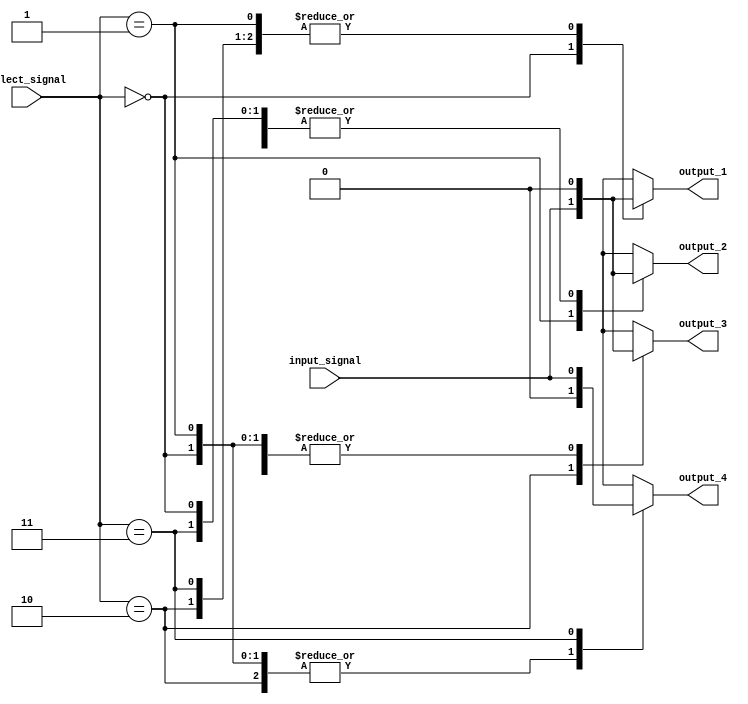
module demux_1to4 (
    input wire input_signal,
    input wire [1:0] select_signal,
    output reg output_1,
    output reg output_2,
    output reg output_3,
    output reg output_4
);

always @(*)
begin
    case(select_signal)
        2'b00: begin
            output_1 = input_signal;
            output_2 = 1'b0;
            output_3 = 1'b0;
            output_4 = 1'b0;
        end
        2'b01: begin
            output_1 = 1'b0;
            output_2 = input_signal;
            output_3 = 1'b0;
            output_4 = 1'b0;
        end
        2'b10: begin
            output_1 = 1'b0;
            output_2 = 1'b0;
            output_3 = input_signal;
            output_4 = 1'b0;
        end
        2'b11: begin
            output_1 = 1'b0;
            output_2 = 1'b0;
            output_3 = 1'b0;
            output_4 = input_signal;
        end
    endcase
end

endmodule